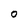
Character: O